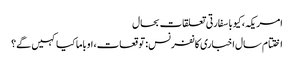
امریکہ، کیوبا سفارتی تعلقات بحال
اختتام سال اخباری کانفرنس: توقعات، اوباما کیا کہیں گے؟